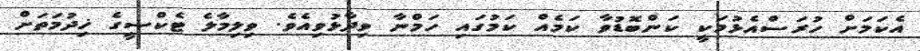
އެކަމަށް ހުރަސްއެޅުމަކީ ކަންބޮޑުވާ ކަމެއް ކަމުގައި ހަމްނާ ވިދާޅުވިއެވެ. ވިލިމާލެ ޓެކްސީގެ ޚިދުމަތަށް